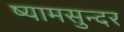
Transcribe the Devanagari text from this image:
ष्यामसुन्दर